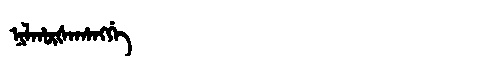
Manchu: ᠨᡳᠯᡥᡡᡧᠠᡥᠠᠩᡤᡝ
Romanization: NILHŪŠAHANGGE